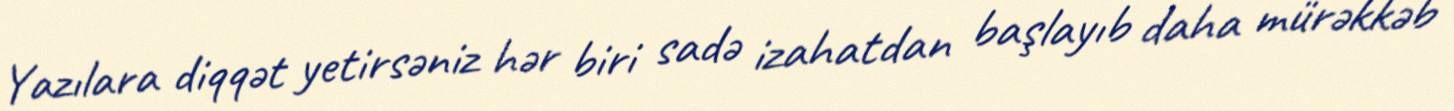
Yazılara diqqət yetirsəniz hər biri sadə izahatdan başlayıb daha mürəkkəb